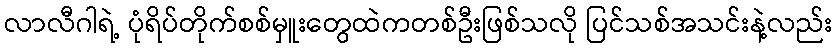
လာလီဂါရဲ့ ပုံရိပ်တိုက်စစ်မှူးတွေထဲကတစ်ဦးဖြစ်သလို ပြင်သစ်အသင်းနဲ့လည်း